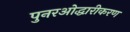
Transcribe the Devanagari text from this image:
पुनरओद्धारीकरण